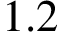
1 . 2